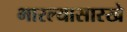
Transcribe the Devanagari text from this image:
भारल्यासारखे